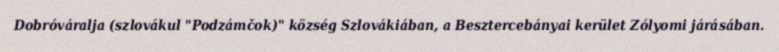
Dobróváralja (szlovákul "Podzámčok)" község Szlovákiában, a Besztercebányai kerület Zólyomi járásában.